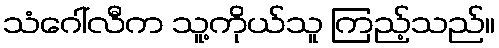
သံဂေါ်လီက သူ့ကိုယ်သူ ကြည့်သည်။